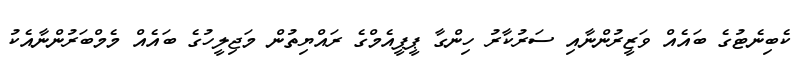
ކެބިނެޓުގެ ބައެއް ވަޒީރުންނާއި ސަރުކާރު ހިންގާ ޕީޕީއެމްގެ ރައްޔިތުން މަޖިލީހުގެ ބައެއް މެމްބަރުންނާއެކު